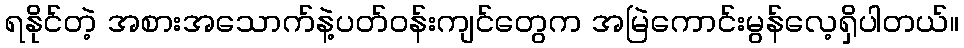
ရနိုင်တဲ့ အစားအသောက်နဲ့ပတ်ဝန်းကျင်တွေက အမြဲကောင်းမွန်လေ့ရှိပါတယ်။